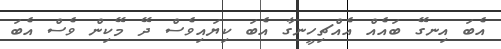
އެބަ އިނގޭ ބައެއް އެއްޗިހީނގާ އެބަ ކިޔައިވެސް ދޭ މޭކިން ވެސް އެބަ